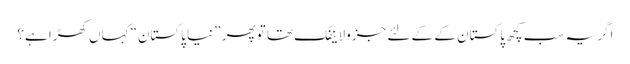
اگر یہ سب کچھ پاکستان کے کے لئے جزولاینفک تھا تو پھر ”نیا پاکستان“ کہاں کھڑا ہے؟